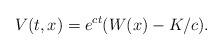
LaTeX: \begin{align*}V(t, x) = e^{c t} (W(x)-K/c). \end{align*}